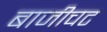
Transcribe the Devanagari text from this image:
बाजीचट